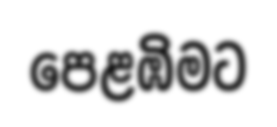
පෙළඹිමට